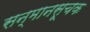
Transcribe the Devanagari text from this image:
सन्मानसूचक